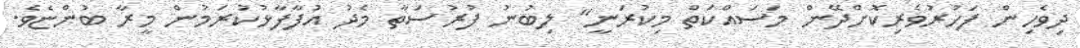
ދިވެހިން ފަހުރުވެރިކޮށްދޭން މަސައްކަތް މިކުރަނީ" ލިބުނު ފުރުސަތާ މެދު އުފާފާޅުކުރަމުން މީރާ ބުންޏެވެ.